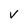
Character: V